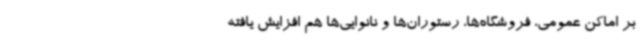
بر اماکن عمومی، فروشگاه‌ها، رستوران‌ها و نانوایی‌ها هم افزایش یافته